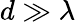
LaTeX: d\gg\lambda